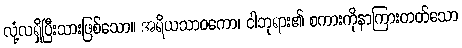
လုံ့လရှိပြီးသားဖြစ်သော။ အရိယသာဝကော၊ ငါဘုရား၏ စကားကိုနာကြားတတ်သော